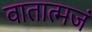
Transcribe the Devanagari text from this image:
वातात्मजं